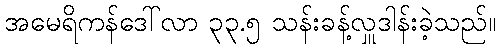
အမေရိကန်ဒေါ်လာ ၃၃.၅ သန်းခန့်လှူဒါန်းခဲ့သည်။